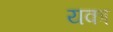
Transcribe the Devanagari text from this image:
यका